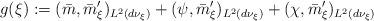
LaTeX: \begin{align*}g(\xi):=(\bar{m},\bar{m}_{\xi}')_{L^2(d\nu_{\xi})}+(\psi,\bar{m}_{\xi}')_{L^2(d\nu_{\xi})}+(\chi,\bar{m}_{\xi}')_{L^2(d\nu_{\xi})}\end{align*}